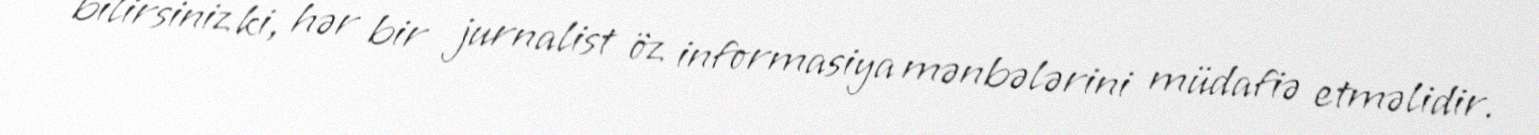
bilirsiniz ki, hər bir jurnalist öz informasiya mənbələrini müdafiə etməlidir.